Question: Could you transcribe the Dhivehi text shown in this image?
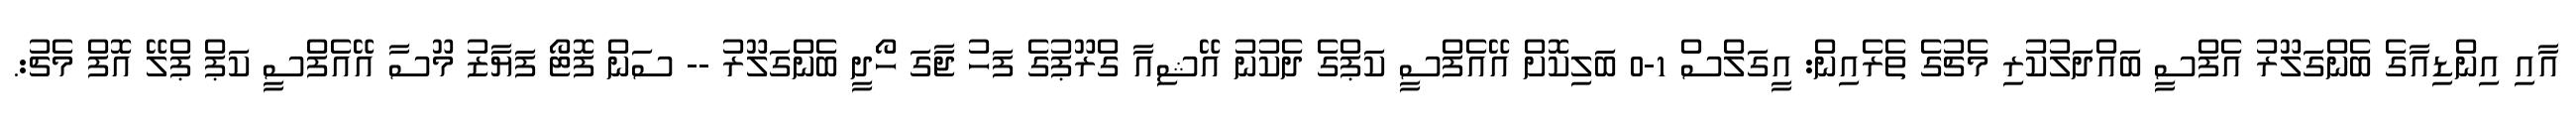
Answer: އާއި އިންޑިއާގެ ބެންގަލޫރު އެފްސީ ބައްދަލުކުރި މެޗުގެ ތެރެއިން: އީގަލްސް 1-0 ބަލިކޮށް އޭއެފްސީ ކަޕްގެ ދެކުނު އޭޝިއާ ގްރޫޕުގެ ފަހު ޖާގަ ހޯދީ ބެންގަލޫރު -- ސަން ފޮޓޯ ފަޔާޒު މޫސާ އޭއެފްސީ ކަޕް ޕްލޭ އޮފް މެޗު:.